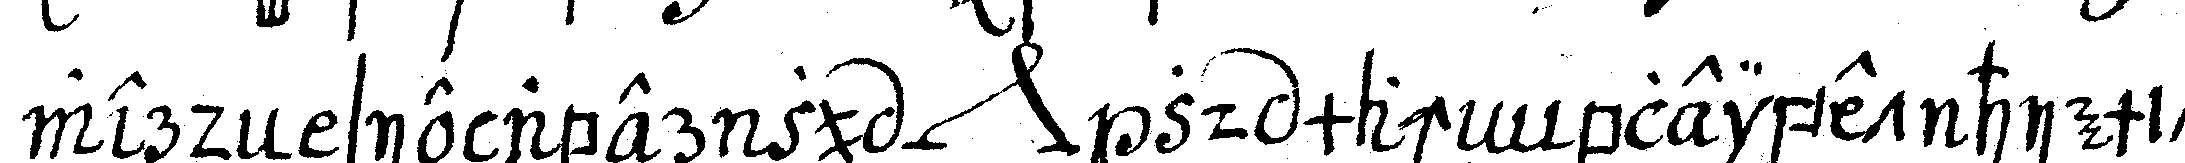
werdeN sie aber zu *nee* zu macheN bleibet hiemit